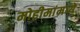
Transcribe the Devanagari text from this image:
मोहीमांमध्ये